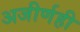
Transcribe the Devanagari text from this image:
अजीर्णही